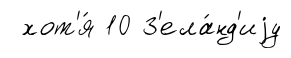
хот'я́ 10 З'ела́нд'иjу